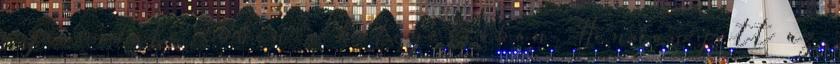
a jó induló ebben a kategóriában. Honnan jött az